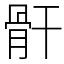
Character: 骭